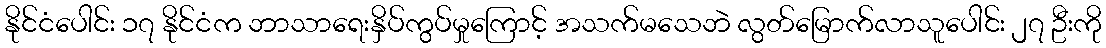
နိုင်ငံပေါင်း ၁၇ နိုင်ငံက ဘာသာရေးနှိပ်ကွပ်မှုကြောင့် အသက်မသေဘဲ လွတ်မြောက်လာသူပေါင်း ၂၇ ဦးကို